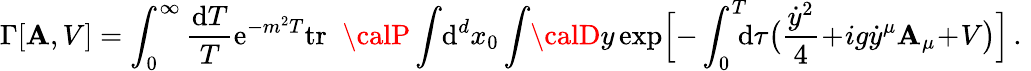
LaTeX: \Gamma[\mathbf{A},V]=\int_{0}^{\infty}{\frac{{\mathrm{{d}}T}}{{T}}}\mathrm{{e}}^{-m^{2}T}\mathrm{{tr}}\; \; {\calP}\int\! \mathrm{{d}}^{d}x_{0}\int\! {\calD}y\exp\Bigl[-\int_{0}^{T}\! \! \! \mathrm{{d}}\tau\bigl({\frac{{\dot{{y}}^{2}}}{{4}}}\! +\! ig\dot{{y}}^{\mu}\mathbf{A}_{\mu}\! +\! V\bigr)\Bigr]\, .\, \,